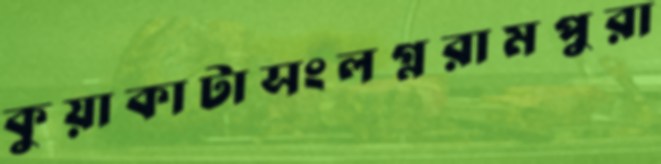
কুয়াকাটাসংলগ্নরামপুরা